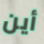
أين